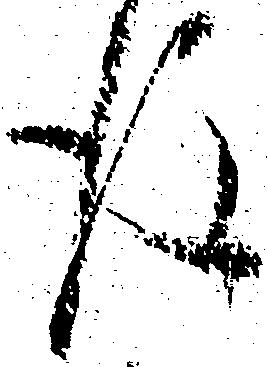
後